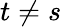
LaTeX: t\neq s